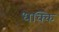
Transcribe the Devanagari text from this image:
धक्कि